system: You are a helpful assistant.
user:
Analyze the provided spectrum to determine if it is a **White Dwarf (WD)**.

A White Dwarf spectrum is defined by its **extreme purity** (due to gravitational settling) and/or **extreme pressure broadening** (due to high surface gravity). You must check for one of the following mutually exclusive signatures:

- **Key Visual Indicators (Check for ONE of these types):**

    - **1. DA-Type Signature (Most Common):**
        - **(Primary Feature):** Extreme pressure broadening (Stark broadening) of the **Hydrogen (H) Balmer lines**.
        - **(Key Lines):** $H\beta$ (approx. $4861$ Å) and $H\gamma$ (approx. $4340$ Å). $H\alpha$ (approx. $6563$ Å) will also be present if the wavelength range covers it.
        - **(Line Profile):** This is the **defining feature**. The lines are **NOT** sharp. They appear as massive, **extremely broad and deep "troughs" or "dips"** in the spectrum, often hundreds of Ångströms wide. The continuum will appear to "scoop" down at these wavelengths.
        - **(Distinction):** Normal A-type or B-type stars have *narrow* and *sharp* Hydrogen lines. A DA White Dwarf's lines are unmistakably "smeared" or "blurry" from pressure.

    - **2. DB-Type Signature:**
        - **(Primary Feature):** Broad absorption lines from **Neutral Helium (He I)**. The spectrum must lack any visible Hydrogen lines.
        - **(Key Lines):** Look for broad absorption near $4471$ Å, $4921$ Å, and $5876$ Å.
        - **(Line Profile):** These lines are also significantly pressure-broadened, appearing much wider than they would in a normal B-type main-sequence star.

    - **3. DC-Type Signature:**
        - **(Primary Feature):** A **featureless continuous spectrum**.
        - **(Line Profile):** The spectrum is a smooth curve with **no significant absorption or emission lines**.
        - **(Key Confirmation):** The continuum is almost always **blue or white**, indicating a hot object. This signature implies the atmosphere is so pure (or so cool) that no spectral lines are visible in the optical range. Its WD identity is confirmed by its extremely low intrinsic brightness (high absolute magnitude).

    - **4. DZ-Type Signature (Metal-Polluted):**
        - **(Primary Feature):** **Isolated, narrow metal absorption lines** on an otherwise featureless (DC-like) continuum.
        - **(Key Lines):** The **Calcium (Ca II) H & K doublet** (approx. **$3934$ Å** and **$3968$ Å**) is the most common and defining feature.
        - **(Line Profile):** These lines are "out of place." They are *not* part of a "forest" of thousands of lines. This signature is evidence of recent *accretion* (pollution) from rocky debris.
        - **(Distinction):** Normal G/K/M stars have a *dense forest* of thousands of metal lines. A DZ has a *clean* continuum with *only a few* strong metal lines.

    - **5. DQ-Type Signature (Carbon-Polluted):**
        - **(Primary Feature):** Absorption bands from **Carbon (C₂ "Swan Bands" or atomic C I)**.
        - **(Key Lines - C₂):** Look for bandheads with a "saw-tooth" shape near $5635$ Å, **$5165$ Å** (strongest), and $4737$ Å.
        - **(Key Confirmation):** The underlying **continuum must be blue or white** (hot).
        - **(Distinction):** This is the critical difference from a **Carbon Star**, which has the *exact same* C₂ bands but on an extremely **red, cool** continuum.

- **(Overall Spectrum):**
    - The continuum (overall shape) is typically **blue-sloping** (brighter in the blue than the red), as most white dwarfs are very hot.
    - The spectrum will look "pure" or "simple," dominated by only *one* of the five signatures listed above.

Think first, call **spectral_visualization_tool** if needed to examine features in detail, then provide your final answer. Your response must adhere to the following strict rules:
1.  **Overall Structure:** Your response must follow the format `<think>...</think> <tool_call>...</tool_call> (if a tool is used) <answer>...</answer>`.
2.  **Tool Usage Constraint:** You may only make **one** tool call per turn.
3.  **Final Answer Format:** In the `<answer>` tag, your conclusion must be inside a `\boxed{}` command (e.g., `\boxed{YES}` or `\boxed{NO}`), followed by your justification.

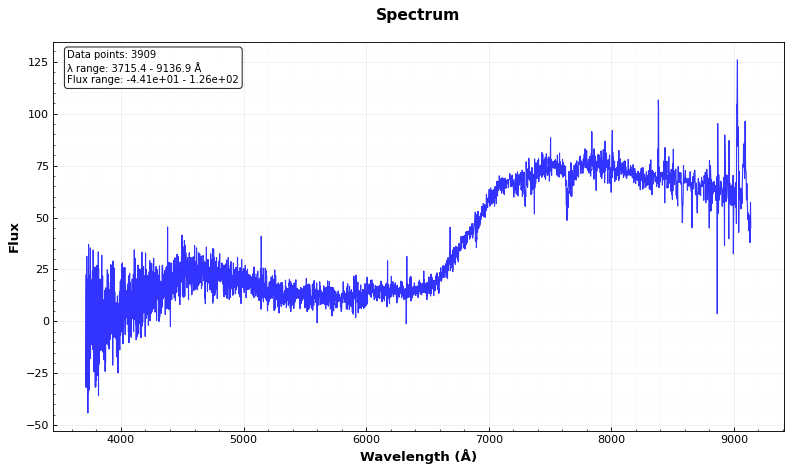
Answer: NO